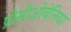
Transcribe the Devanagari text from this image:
प्रोसीओबेनिया